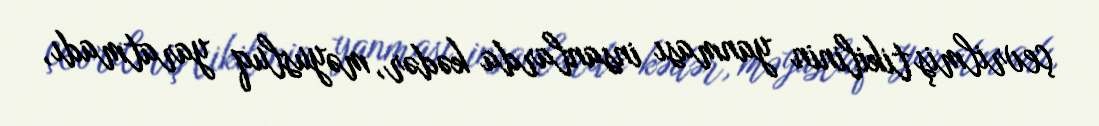
çevrilmiş tikilinin yanması insanlarda kədər, məyusluq yaratmadı,